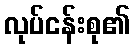
လုပ်ငန်းစု၏